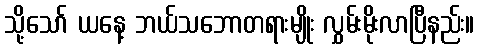
သို့သော် ယနေ့ ဘယ်သဘောတရားမျိုး လွှမ်းမိုးလာပြီနည်း။